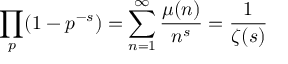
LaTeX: \prod _ { p } ( 1 - p ^ { - s } ) = \sum _ { n = 1 } ^ { \infty } { \frac { \mu ( n ) } { n ^ { s } } } = { \frac { 1 } { \zeta ( s ) } }